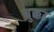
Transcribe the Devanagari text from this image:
चुक्कर